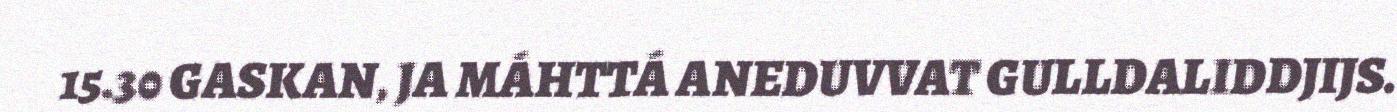
15.30 GASKAN, JA MÁHTTÁ ANEDUVVAT GULLDALIDDJIJS.